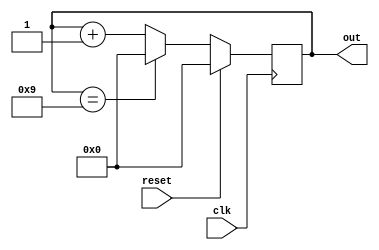
`timescale 1ns / 1ps

module BCD_Counter(
    input clk,
    input reset,
    output reg [3:0] out
    );
always @(posedge clk)// synchronous reset 
begin 
if(reset)
out<=4'b0000;
else if(out==4'b1001)
out<=4'b0000;
else
out<=out+1'b1;
end
endmodule